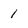
Character: 1